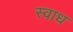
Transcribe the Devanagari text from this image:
स्वाध